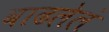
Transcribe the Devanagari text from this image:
वाढलेलं